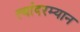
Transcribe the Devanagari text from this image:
त्यांदरम्यान